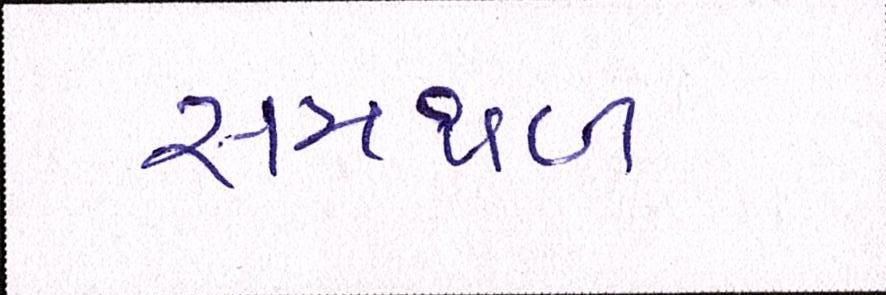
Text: સમથળ